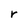
Character: r